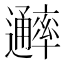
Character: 𨙖